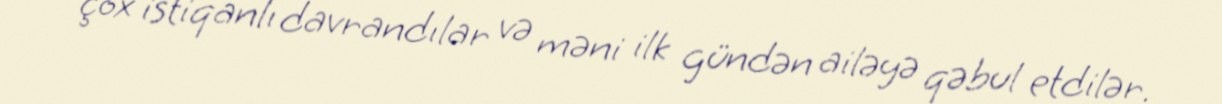
çox istiqanlı davrandılar və məni ilk gündən ailəyə qəbul etdilər.